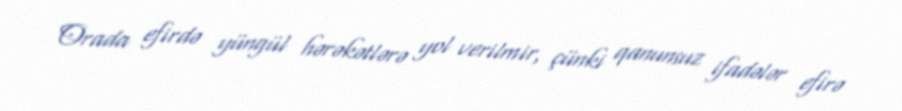
Orada efirdə yüngül hərəkətlərə yol verilmir, çünki qanunsuz ifadələr efirə